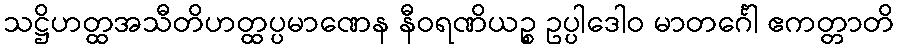
သဋ္ဌိဟတ္ထအသီတိဟတ္ထပ္ပမာဏေန နီဝရဏိယဉ္စ ဥပ္ပါဒေါဝ မာတင်္ဂေါ ဧကတ္တာတိ